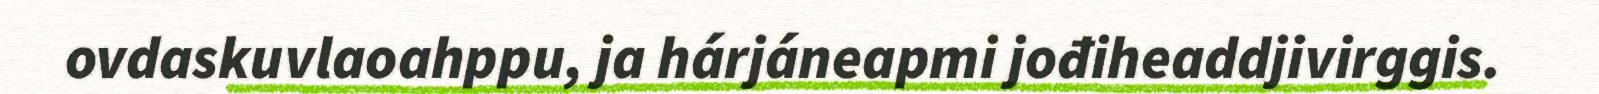
ovdaskuvlaoahppu, ja hárjáneapmi jođiheaddjivirggis.